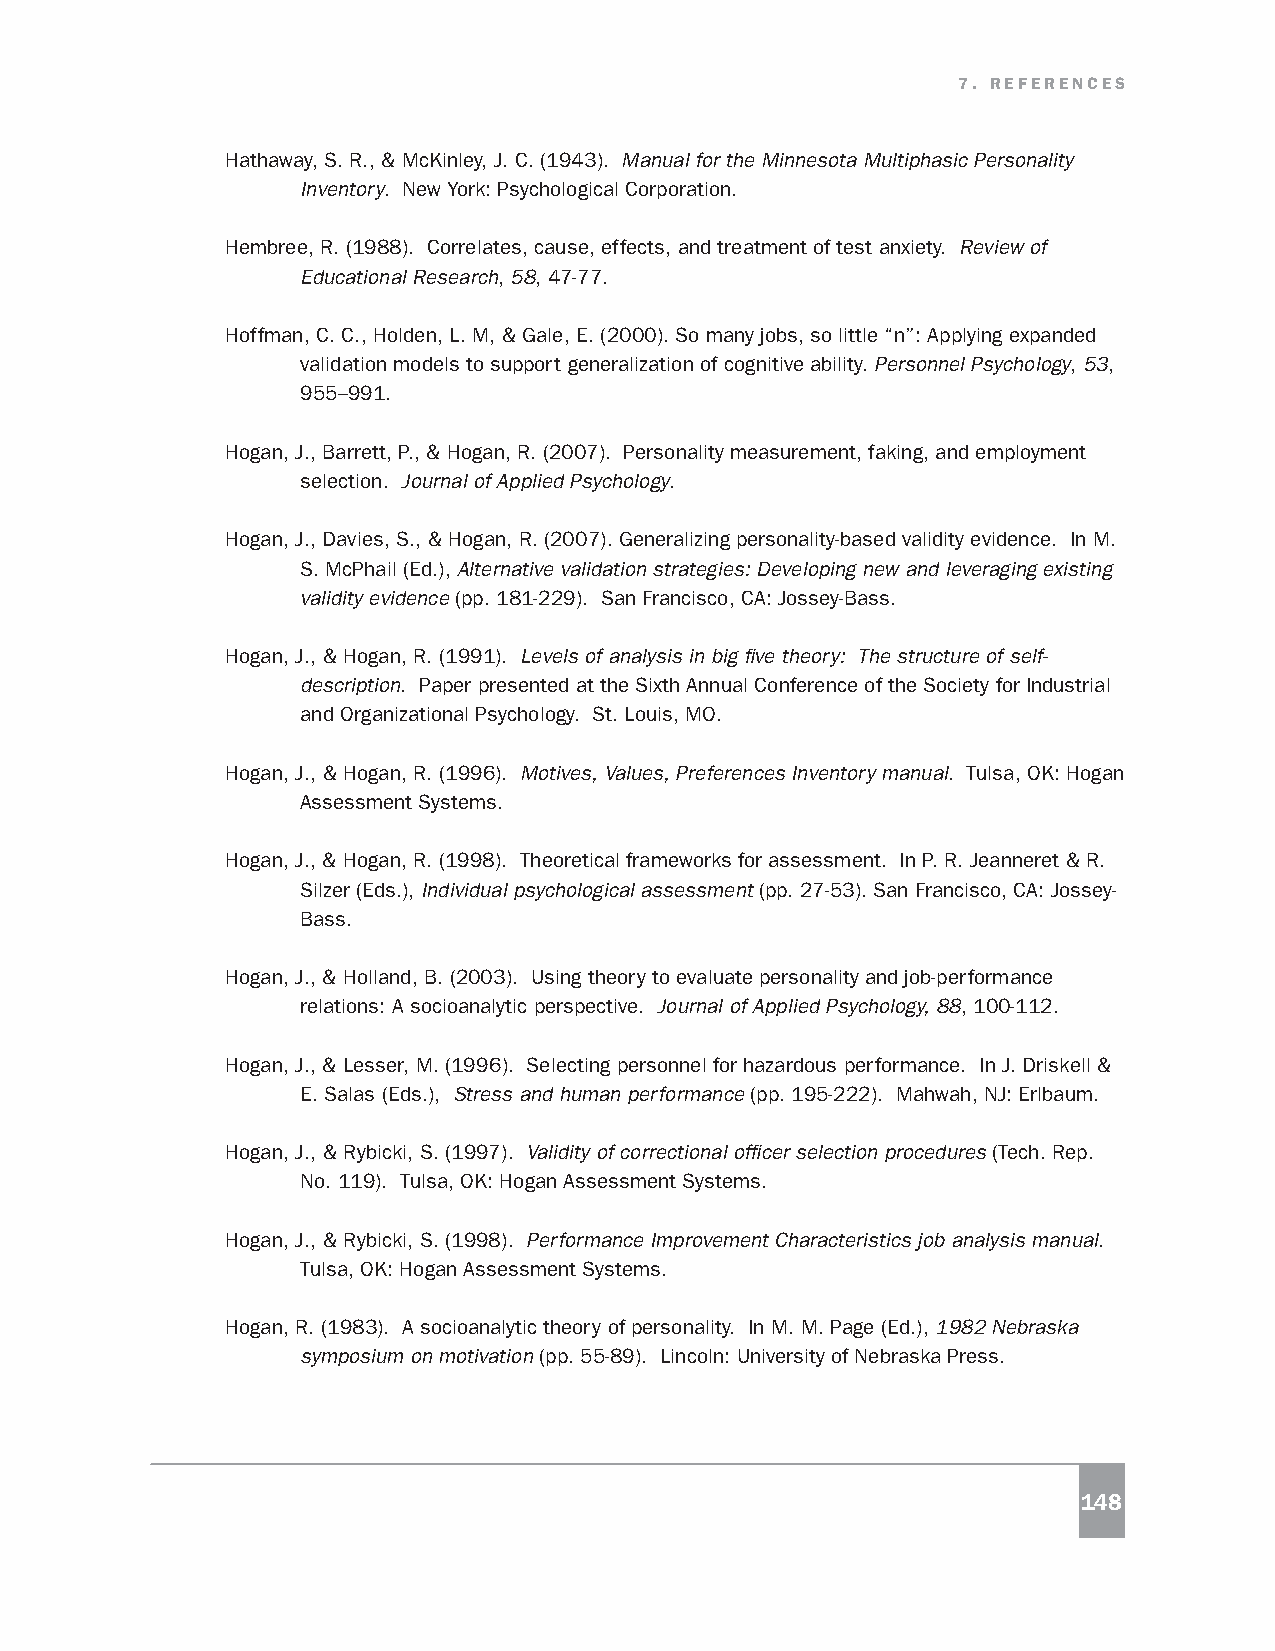
7. REFERENCES
 Hathaway, S. R., & McKinley, J. C. (1943). Manual for the Minnesota Multiphasic Personality
 Inventory. New York: Psychological Corporation.
 Hembree, R. (1988). Correlates, cause, effects, and treatment of test anxiety. Review of
 Educational Research, 58, 47-77.
 Hoffman, C. C., Holden, L. M, & Gale, E. (2000). So many jobs, so little “n”: Applying expanded
 validation models to support generalization of cognitive ability. Personnel Psychology, 53,
 955–991.
 Hogan, J., Barrett, P., & Hogan, R. (2007). Personality measurement, faking, and employment
 selection. Journal of Applied Psychology.
 Hogan, J., Davies, S., & Hogan, R. (2007). Generalizing personality-based validity evidence. In M.
 S. McPhail (Ed.), Alternative validation strategies: Developing new and leveraging existing
 validity evidence (pp. 181-229). San Francisco, CA: Jossey-Bass.
 Hogan, J., & Hogan, R. (1991). Levels of analysis in big five theory: The structure of self-
 description. Paper presented at the Sixth Annual Conference of the Society for Industrial
 and Organizational Psychology. St. Louis, MO.
 Hogan, J., & Hogan, R. (1996). Motives, Values, Preferences Inventory manual. Tulsa, OK: Hogan
 Assessment Systems.
 Hogan, J., & Hogan, R. (1998). Theoretical frameworks for assessment. In P. R. Jeanneret & R.
 Silzer (Eds.), Individual psychological assessment (pp. 27-53). San Francisco, CA: Jossey-
 Bass.
 Hogan, J., & Holland, B. (2003). Using theory to evaluate personality and job-performance
 relations: A socioanalytic perspective. Journal of Applied Psychology, 88, 100-112.
 Hogan, J., & Lesser, M. (1996). Selecting personnel for hazardous performance. In J. Driskell &
 E. Salas (Eds.), Stress and human performance (pp. 195-222). Mahwah, NJ: Erlbaum.
 Hogan, J., & Rybicki, S. (1997). Validity of correctional officer selection procedures (Tech. Rep.
 No. 119). Tulsa, OK: Hogan Assessment Systems.
 Hogan, J., & Rybicki, S. (1998). Performance Improvement Characteristics job analysis manual.
 Tulsa, OK: Hogan Assessment Systems.
 Hogan, R. (1983). A socioanalytic theory of personality. In M. M. Page (Ed.), 1982 Nebraska
 symposium on motivation (pp. 55-89). Lincoln: University of Nebraska Press.
 148